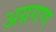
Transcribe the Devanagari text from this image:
अग्रगण